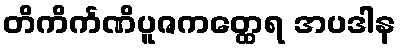
တိကိင်္ကဏိပူဇကတ္ထေရ အပဒါန